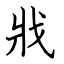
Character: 戕